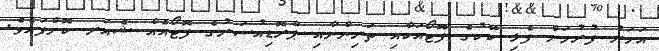
އަހަރު ފުރުމަށް ފެޅި ކޭކުގެ ފޮޓޯއަކާއި ތަރިންނާއި ޕްރޮޑިއުސަރުގެ ފޮޓޯއެއް ޝެއަރ ކޮށްފައެވެ.